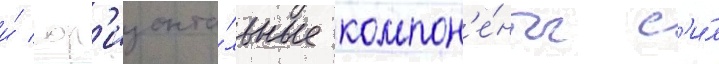
и́ гор'изонта́льные компон'е́нты с'и́л